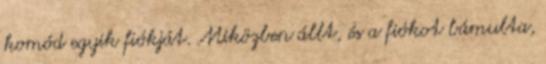
komód egyik fiókját. Miközben állt, és a fiókot bámulta,